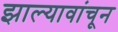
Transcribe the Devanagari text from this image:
झाल्यावांचून